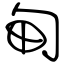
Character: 甸